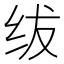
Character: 绂